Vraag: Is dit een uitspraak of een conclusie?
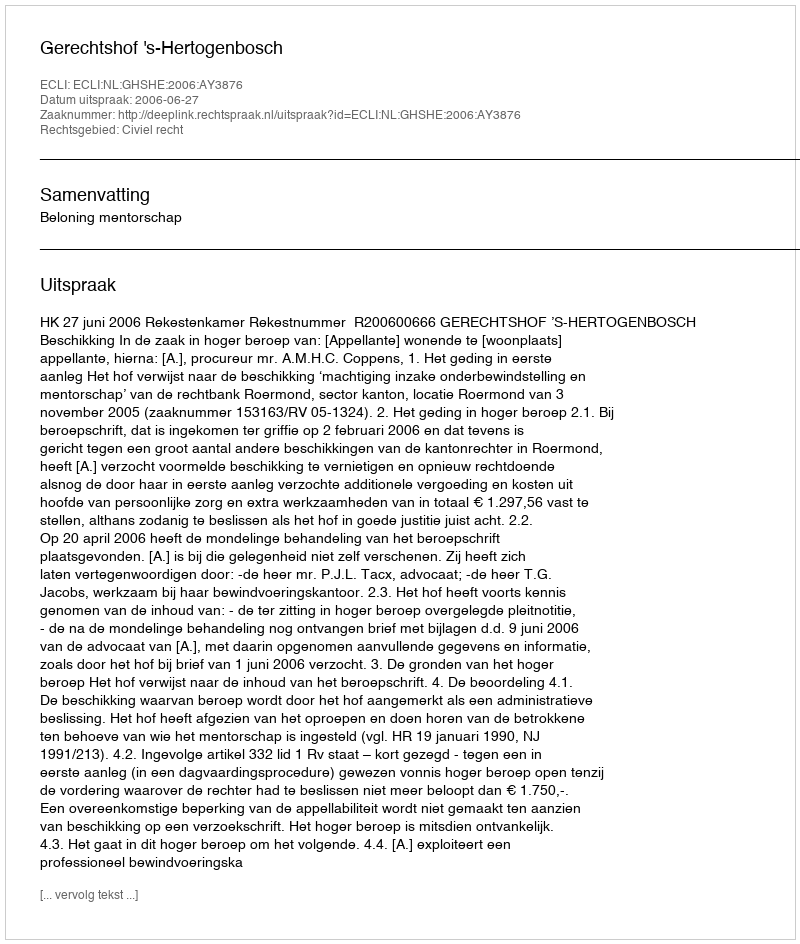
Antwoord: Uitspraak